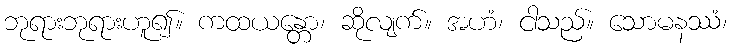
ဘုရားဘုရားဟူ၍။ ကထယန္တော၊ ဆိုလျက်။ အဟံ၊ ငါသည်။ သောမနဿံ၊